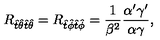
R _ { \hat { t } \hat { \theta } \hat { t } \hat { \theta } } = R _ { \hat { t } \hat { \phi } \hat { t } \hat { \phi } } = { \frac { 1 } { \beta ^ { 2 } } } \frac { \alpha ^ { \prime } \gamma ^ { \prime } } { \alpha \gamma } ,